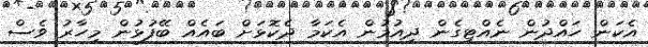
އެކަން ހައްދުން ނެއްޓިގެން ދިއުމުން އެކަމާ ދެކޮޅަށް ބައެއް ބޭފުޅުން މިހާރު ވެސް